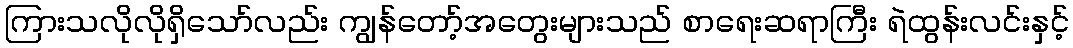
ကြားသလိုလိုရှိသော်လည်း ကျွန်တော့်အတွေးများသည် စာရေးဆရာကြီး ရဲထွန်းလင်းနှင့်